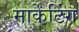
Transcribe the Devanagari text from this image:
मार्केंटिंग